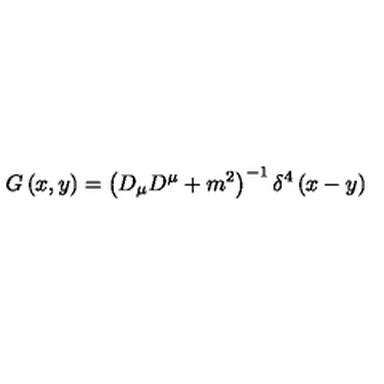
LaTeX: G \left( x , y \right) = \left( D _ { \mu } D ^ { \mu } + m ^ { 2 } \right) ^ { - 1 } \delta ^ { 4 } \left( x - y \right)